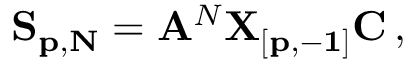
{ \bf S _ { p , N } } = { \bf A } ^ { N } { \bf X _ { [ p , - 1 ] } C } \, ,